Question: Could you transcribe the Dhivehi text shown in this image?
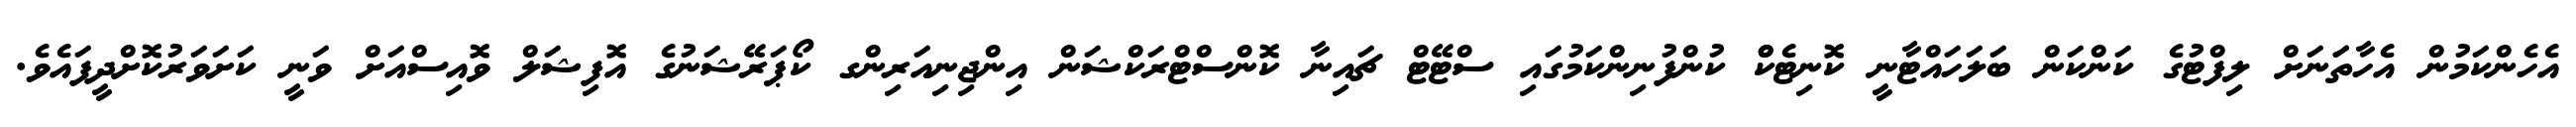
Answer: އެހެންކަމުން އެހާތަަނަށް ލިފްޓުގެ ކަންކަން ބަލަހައްޓާނީ ކޮނިޓެކްް ކުންފުނިންކަމުގައި ސްޓޭޓް ޗައިނާ ކޮންސްޓްރަކްޝަން އިންޖިނިއަރިންގ ކޯޕަރޭޝަނުގެ އޮފިޝަލް ވޮއިސްއަށް ވަނީ ކަށަވަރުކޮށްދީފައެވެ.